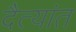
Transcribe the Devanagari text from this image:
दैत्यांत